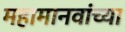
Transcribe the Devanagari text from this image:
महामानवांच्या